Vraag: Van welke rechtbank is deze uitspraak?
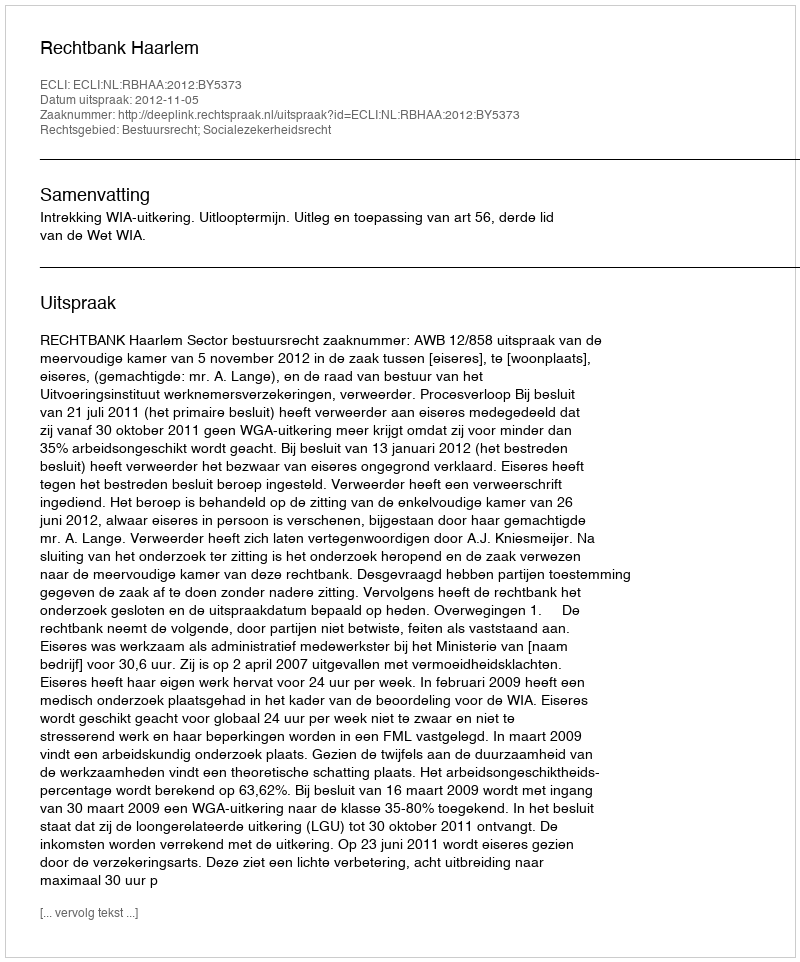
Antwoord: Rechtbank Haarlem